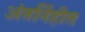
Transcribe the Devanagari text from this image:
अंतर्निहीत